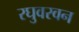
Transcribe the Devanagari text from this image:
रघुवरवन